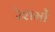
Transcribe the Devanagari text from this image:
रेशमों